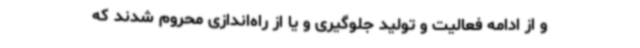
و از ادامه فعالیت و تولید جلوگیری و یا از راه‌اندازی محروم شدند که